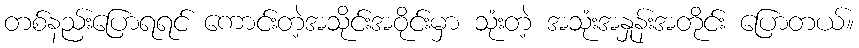
တစ်နည်းပြောရရင် ကောင်းတဲ့အသိုင်းအဝိုင်းမှာ သုံးတဲ့ အသုံးအနှုန်းအတိုင်း ပြောတယ်။